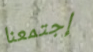
إجتمعنا